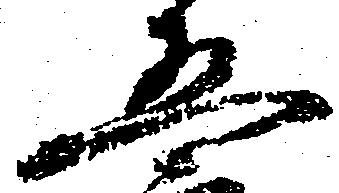
五